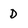
Character: D